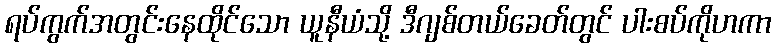
ရပ်ကွက်အတွင်းနေထိုင်သော ယူနီယံသို့ ဒီဂျစ်တယ်ခေတ်တွင် ပါးစပ်ကိုဟကာ